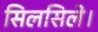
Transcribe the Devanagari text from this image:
सिलसिले।